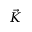
\vec { K }